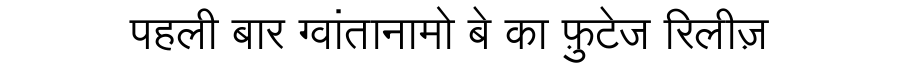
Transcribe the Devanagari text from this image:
पहली बार ग्वांतानामो बे का फ़ुटेज रिलीज़